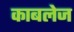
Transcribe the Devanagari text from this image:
काबलेज